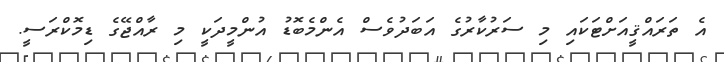
އެ ތަރައްޤީއަށްޓަކައި މި ސަރުކާރުގެ އަބަދުވެސް އެންމެބޮޑު އުންމީދަކީ މި ރާއްޖޭގެ ޑިމޮކްރަސީ.